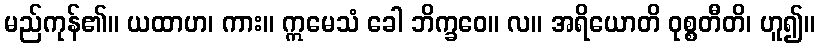
မည်ကုန်၏။ ယထာဟ၊ ကား။ ဣမေသံ ခေါ ဘိက္ခဝေ။ လ။ အရိယောတိ ဝုစ္စတီတိ၊ ဟူ၍။